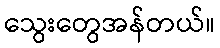
သွေးတွေအန်တယ်။